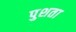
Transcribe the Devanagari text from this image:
पुशता